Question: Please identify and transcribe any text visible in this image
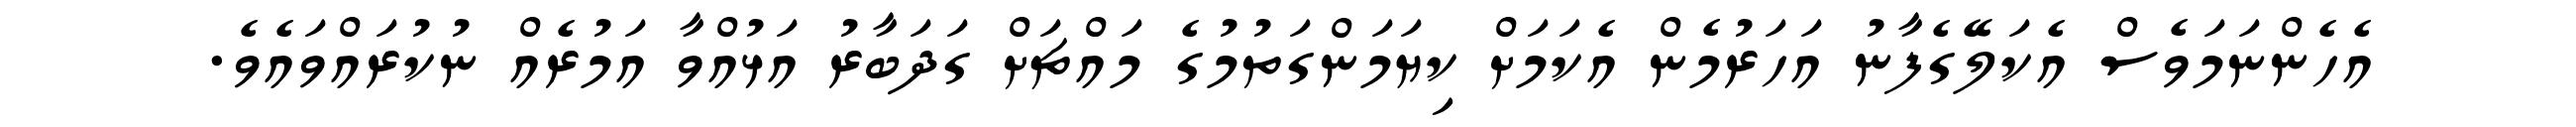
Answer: އެހެންނަމަވެސް އެކަލޭގެފާނު އަހަރުމެން އެކަމަށް ކިޔަމަންގަތުމުގެ މައްޗަށް ގަދަބާރު އަޅުއްވާ އަމުރެއް ނުކުރައްވައެވެ.